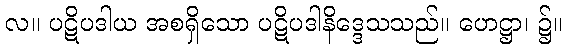
လ။ ပဋိပဒါယ အစရှိသော ပဋိပဒါနိဒ္ဒေသသည်။ ဟေဋ္ဌာ၊ ၌။